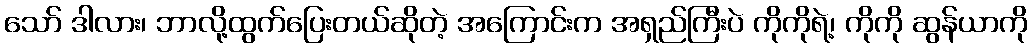
သော် ဒါလား၊ ဘာလို့ထွက်ပြေးတယ်ဆိုတဲ့ အကြောင်းက အရှည်ကြီးပဲ ကိုကိုရဲ့၊ ကိုကို ဆွန်ယာကို